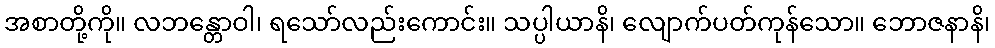
အစာတို့ကို။ လဘန္တောဝါ၊ ရသော်လည်းကောင်း။ သပ္ပါယာနိ၊ လျောက်ပတ်ကုန်သော။ ဘောဇနာနိ၊